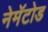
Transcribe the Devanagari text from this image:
नेमॅटोड